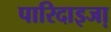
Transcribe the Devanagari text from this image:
पारिदाइजा़